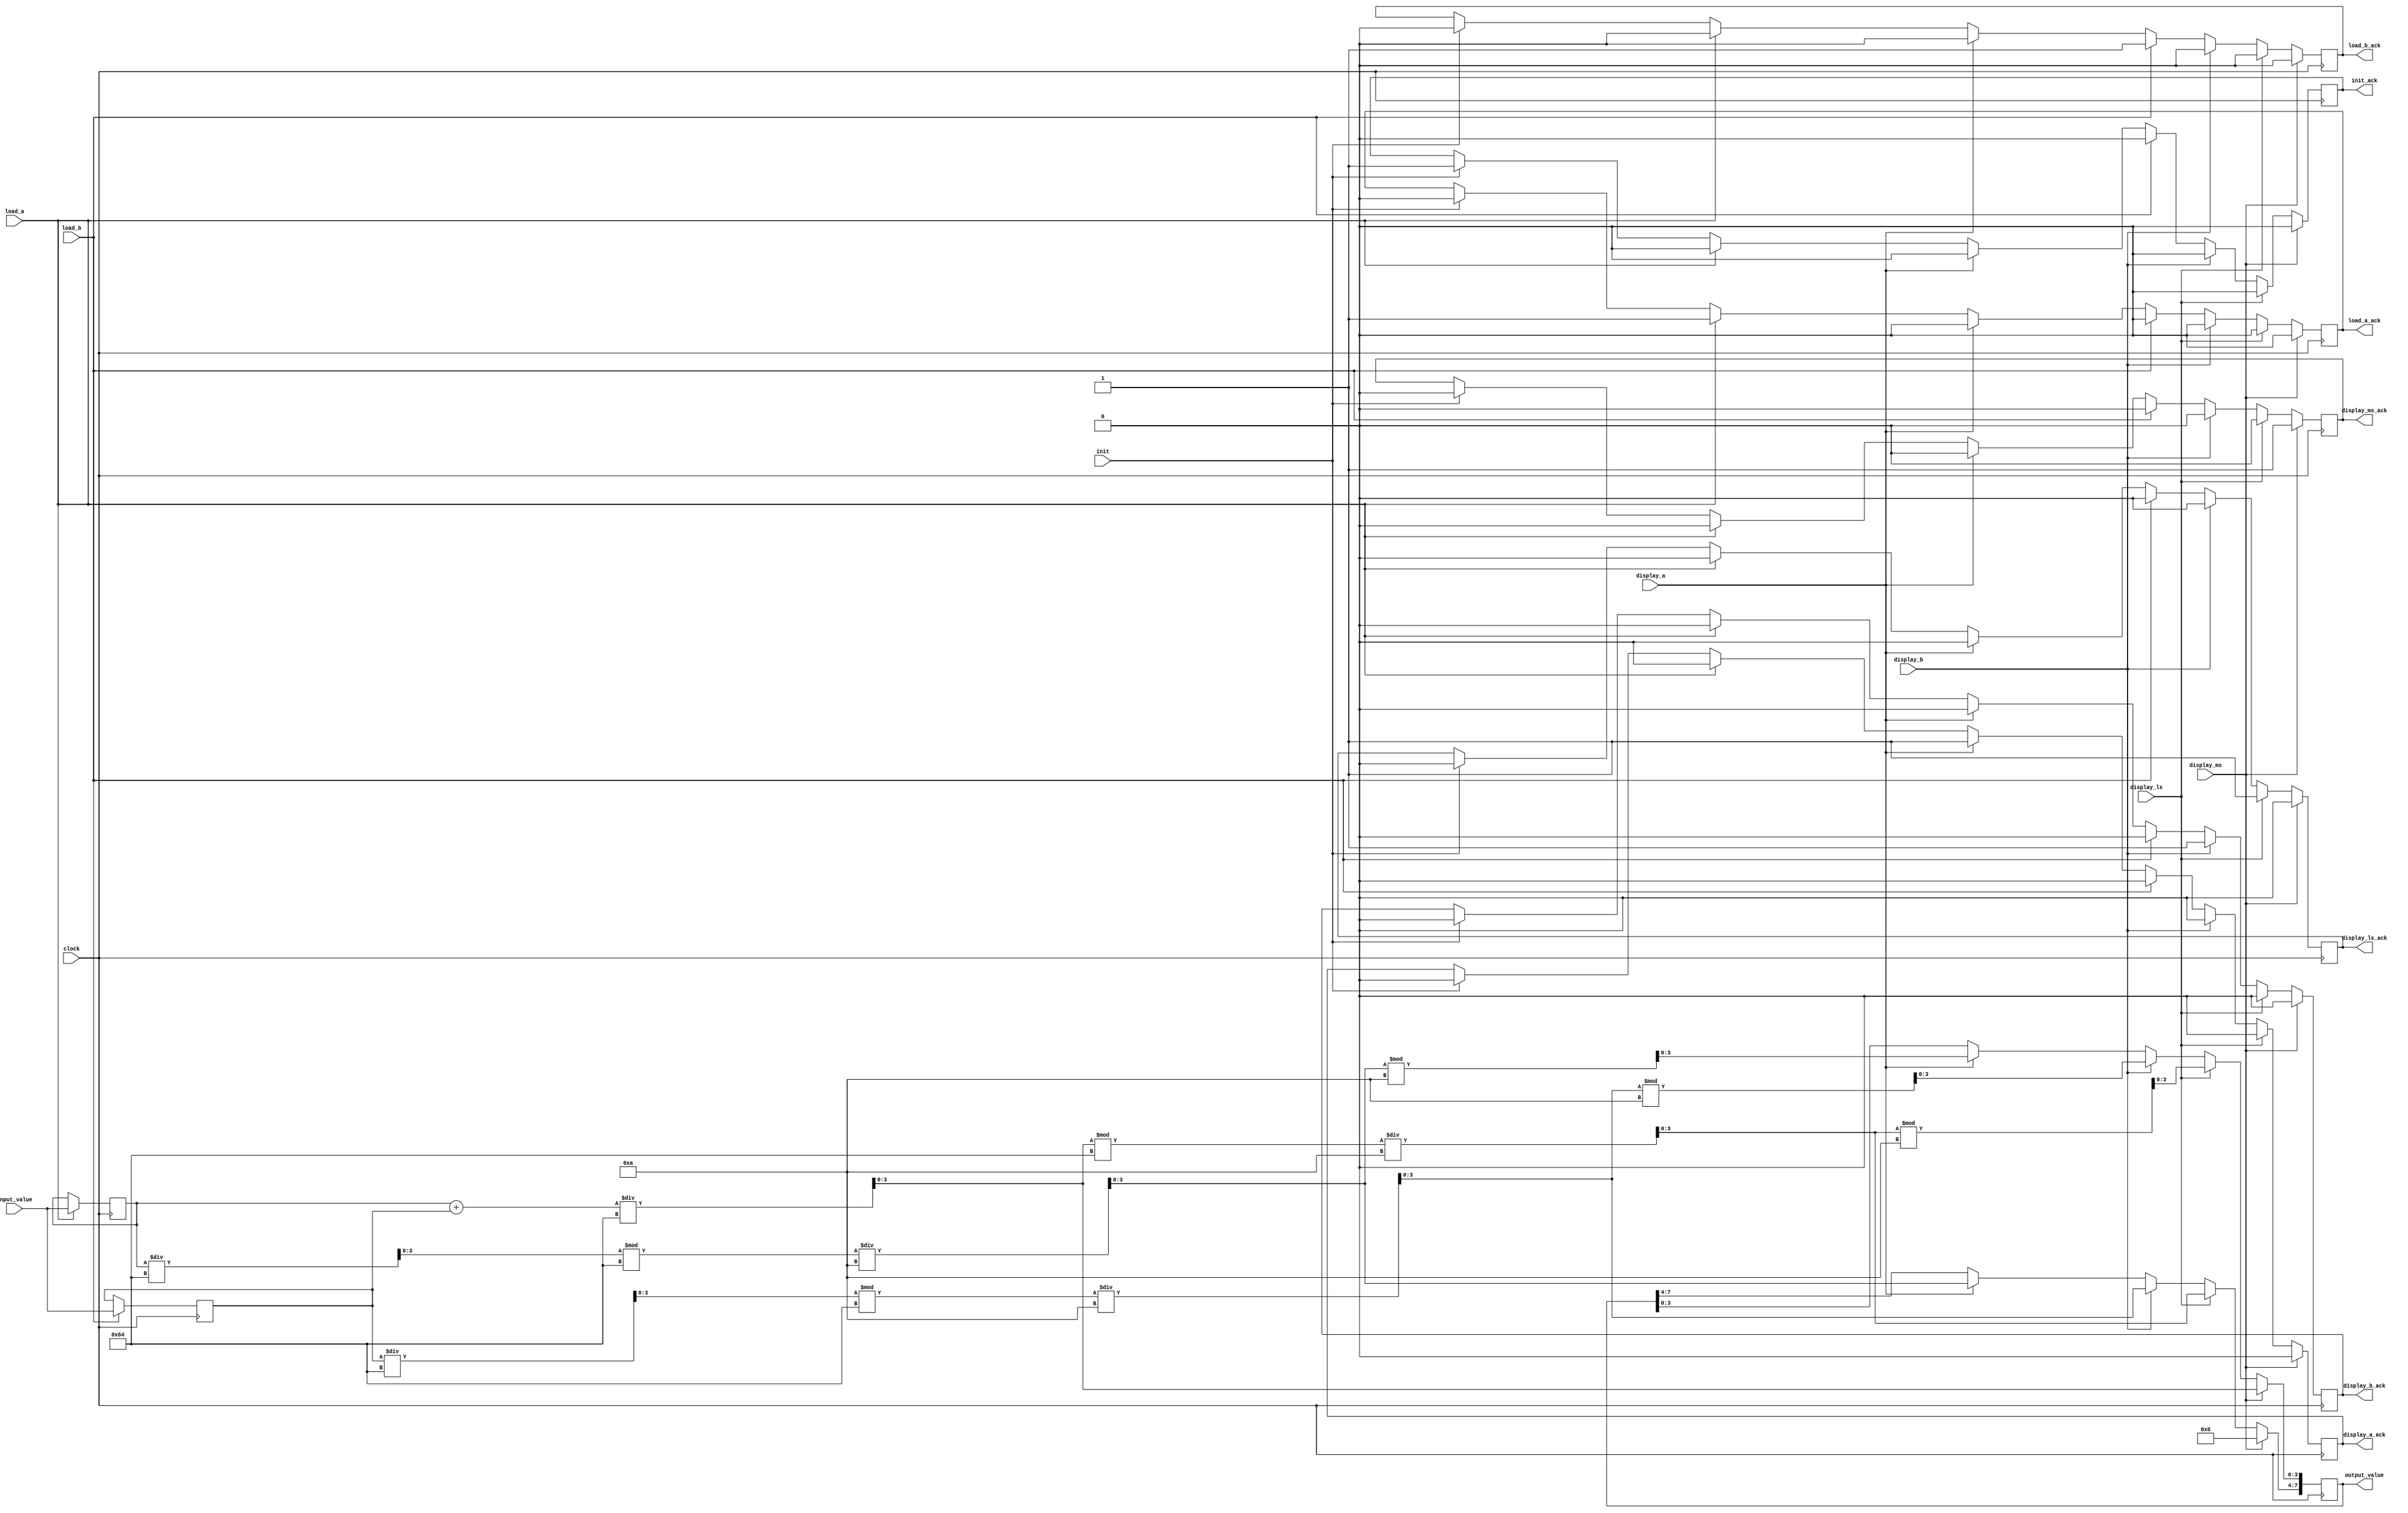
`timescale 1ns / 1ps
//////////////////////////////////////////////////////////////////////////////////
// Company: 
// Engineer: 
// 
// Design Name: 
// Module Name:    bcd_add_datapath 
// Project Name: 
// Target Devices: 
// Tool versions: 
// Description: 
//
// Dependencies: 
//
// Revision: 
// Revision 0.01 - File Created
// Additional Comments: 
//
//////////////////////////////////////////////////////////////////////////////////
module bcd_add_datapath(
				//Input from the outside world.
				input clock,
				input [6:0] input_value,
				
				//Input from the bcd_add_controller.
				input init,
				input load_a,
				input load_b,
				input display_a,
				input display_b,
				input display_ls,
				input display_ms,
				
				//Output back to the bcd_add_controller all set to 0 initially.
				output reg init_ack = 0,
				output reg load_a_ack = 0,
				output reg load_b_ack = 0,
				output reg display_a_ack = 0,
				output reg display_b_ack = 0,
				output reg display_ls_ack = 0,
				output reg display_ms_ack = 0,
				
				//Output to the outside world.
				output reg [7:0] output_value = 0
    );
	
	//wire w1;
	
	
	

	
	//Set some temorary registers for the math.
	reg [6:0] A = 0;
	reg [6:0] B = 0;
	reg [7:0] C = 0;
	
	reg [3:0] Ahundreds = 0;
	reg [3:0] Atens = 0;
	reg [3:0] Aones = 0;
	
	reg [3:0] Bhundreds = 0;
	reg [3:0] Btens = 0;
	reg [3:0] Bones = 0;
	
	reg [3:0] Chundreds = 0;
	reg [3:0] Ctens = 0;
	reg [3:0] Cones = 0;
	
	
	
	//Run through all the logic.
	always @(posedge clock) begin
		//Always add up A + B = C.
		C = A + B;
		
		//Calculate the BCD Values for A,B and C.
		Ahundreds = A/100;
      Atens = (Ahundreds % 100) / 10;
      Aones = (Atens % 10);
		
		Bhundreds = B/100;
      Btens = (Bhundreds % 100) / 10;
      Bones = (Btens % 10);
	
		Chundreds = C/100;
      Ctens = (Chundreds % 100) / 10;
      Cones = (Ctens % 10);

		
		if(init)
			begin
				//Set the ACK flags.
				init_ack = 1;
				load_a_ack = 0;
				load_b_ack = 0;
				display_a_ack = 0;
				display_b_ack = 0;
				display_ls_ack = 0;
				display_ms_ack = 0;
			end
			
			
		if(load_a)
			begin
				A = input_value;
				
				//Set the ACK flags.
				init_ack = 0;
				load_a_ack = 1;
				load_b_ack = 0;
				display_a_ack = 0;
				display_b_ack = 0;
				display_ls_ack = 0;
				display_ms_ack = 0;
				
			end
			
		if(display_a)
			begin
				//output_value = A; //Put A on the LED.
				output_value[3:0] = Aones;
				output_value[7:4] = Atens;
				
				//Set the ACK flags.
				init_ack = 0;
				load_a_ack = 0;
				load_b_ack = 0;
				display_a_ack = 1;
				display_b_ack = 0;
				display_ls_ack = 0;
				display_ms_ack = 0;
				
			end
			
		if(load_b)
			begin
				B = input_value;
				
				//Set the ACK flags.
				init_ack = 0;
				load_a_ack = 0;
				load_b_ack = 1;
				display_a_ack = 0;
				display_b_ack = 0;
				display_ls_ack = 0;
				display_ms_ack = 0;
			end
			
		if(display_b)
			begin
				//output_value = output_value_bcdb[7:0];
				output_value[3:0] = Bones;
				output_value[7:4] = Btens;
				
				//Set the ACK flags.
				init_ack = 0;
				load_a_ack = 0;
				load_b_ack = 0;
				display_a_ack = 0;
				display_b_ack = 1;
				display_ls_ack = 0;
				display_ms_ack = 0;
				
			end
		
		if(display_ls)
			begin
				//output_value = output_value_bcdc[7:0];
				output_value[3:0] = Cones;
				output_value[7:4] = Ctens;
				
				//Set the ACK flags.
				init_ack = 0;
				load_a_ack = 0;
				load_b_ack = 0;
				display_a_ack = 0;
				display_b_ack = 0;
				display_ls_ack = 1;
				display_ms_ack = 0;
				
			end
			
		if(display_ms)
			begin
				//output_value[4:0] = output_value_bcdc[11:8];
				//output_value[7:5] = 0;
				output_value[3:0] = Chundreds;
				output_value[7:4] = 0;
				
				//Set the ACK flags.
				init_ack = 0;
				load_a_ack = 0;
				load_b_ack = 0;
				display_a_ack = 0;
				display_b_ack = 0;
				display_ls_ack = 0;
				display_ms_ack = 1;
				
			end
			
	end
		

endmodule